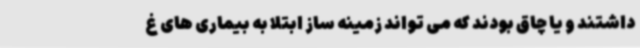
داشتند و یا چاق بودند که می تواند زمینه ساز ابتلا به بیماری های غ